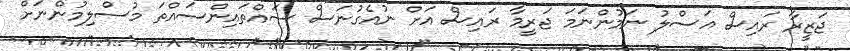
ޖަޒީރާ ރައިސް އަސްލު ނަމުންނަމަ ޖަރީމާ ރައިސް އަށް ނުއެގުނަސް ސައްތައިންސައްތަ މުސްލިމުންނަށް